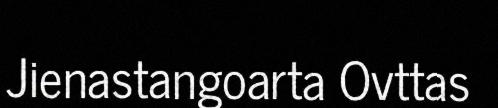
Jienastangoarta Ovttas